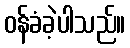
ဝန်ခံခဲ့ပါသည်။